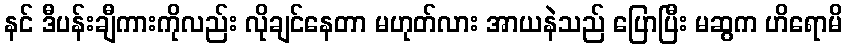
နင် ဒီပန်းချီကားကိုလည်း လိုချင်နေတာ မဟုတ်လား အာယနဲသည် ပြောပြီး မဆွက ဟိရောမိ